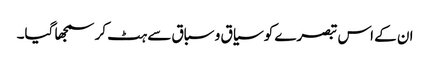
ان کے اس تبصرے کو سیاق و سباق سے ہٹ کر سمجھا گیا۔